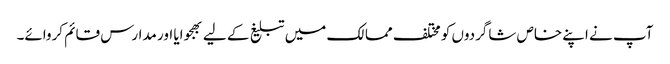
آپ نے اپنے خاص شاگردوں کو مختلف ممالک میں تبلیغ کے لیے بھجوایا اور مدارس قائم کروائے۔